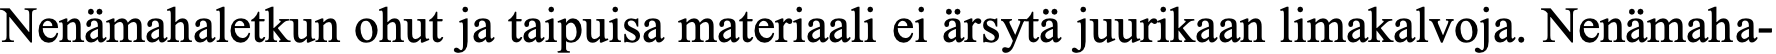
Nenämahaletkun ohut ja taipuisa materiaali ei ärsytä juurikaan limakalvoja. Nenämaha-